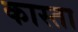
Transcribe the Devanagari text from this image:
कास्ता